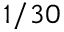
1 / 3 0